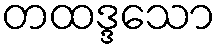
တထဒ္ဒသော